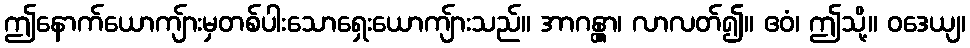
ဤနောက်ယောကျ်ားမှတစ်ပါးသောရှေးယောကျ်ားသည်။ အာဂန္တွာ၊ လာလတ်၍။ ဧဝံ၊ ဤသို့။ ဝဒေယျ၊